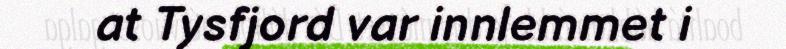
at Tysfjord var innlemmet i